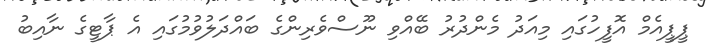
ޕީޕީއެމް އޮފީހުގައި މިއަދު މެންދުރު ބޭއްވި ނޫސްވެރިންގެ ބައްދަލުވުމުގައި އެ ޕާޓީގެ ނާއިބު